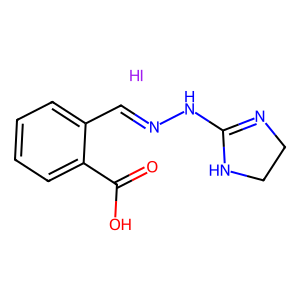
SMILES: I.O=C(O)c1ccccc1C=NNC1=NCCN1
Inhibits HIV replication: No